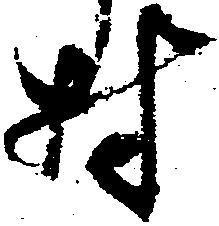
村